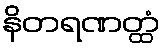
နိတရဏတ္ထံ